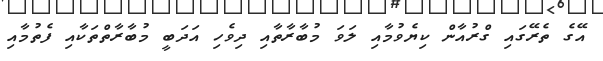
އޭގެ ތެރޭގައި ގްރުއާން ކިޔެވުމާއި ލަވަ މުބާރާތާއި ދިވެހި އަދަބީ މުބާރާތްތަކާއި ފެތުމާއި